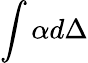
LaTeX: \int\alpha d\Delta